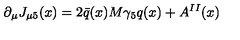
\partial _ { \mu } J _ { \mu 5 } ( x ) = 2 \bar { q } ( x ) M \gamma _ { 5 } q ( x ) + A ^ { I I } ( x )